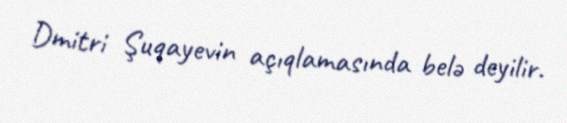
Dmitri Şuqayevin açıqlamasında belə deyilir.